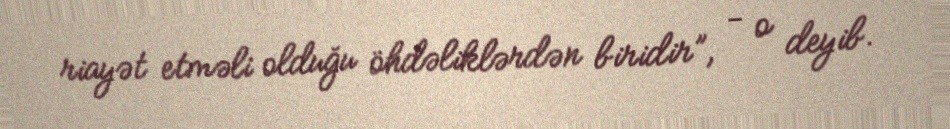
riayət etməli olduğu öhdəliklərdən biridir”, - o deyib.